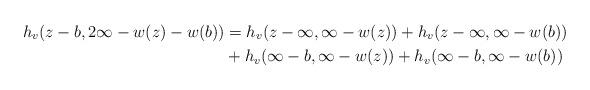
LaTeX: \begin{align*}h_v (z-b,2\infty -w(z)-w(b)) &= h_v (z-\infty ,\infty -w(z))+h_v (z-\infty ,\infty -w(b)) \\ &+h_v (\infty -b,\infty -w(z))+h_v (\infty -b,\infty -w(b))\end{align*}